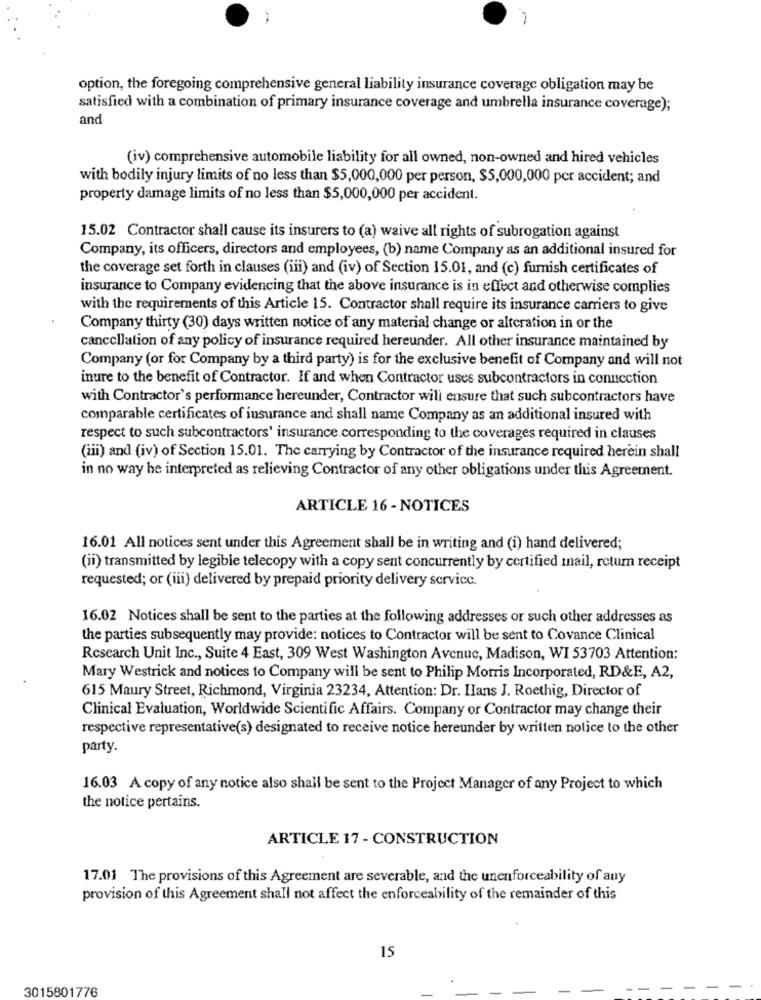
option, the foregoing comprehensive general liability insurance coverage obligation may be
satisfied with a combination of primary insurance coverage and umbrella insurance coverage);
and
(iv) comprehensive automobile liability for all owned, non-owned and hired vehicles
with bodily injury limits of no less than $5,000,000 per person, $5,000,000 per accident; and
property damage limits of no less than $5,000,000 per accident.
15.02 Contractor shall cause its insurers to (a) waive all rights of subrogation against
Company, its officers, directors and employees, (b) name Company as an additional insured for
the coverage set forth in clauses (iii) and (iv) of Section 15.01, and (c) furnish certificates of
insurance to Company evidencing that the above insurance is in effect and otherwise complies
with the requirements of this Article 15. Contractor shall require its insurance carriers to give
Company thirty (30) days written notice of any material change or altcration in or the
cancellation of any policy of insurance required hereunder. All other insurance maintained by
Company (or for Company by a third party) is for the exclusive benefit of Company and will not
inure to the benefit of Contractor. If and when Contractor uses subcontractors in connection
with Contractor's performance hereunder, Contractor will ensure that such subcontractors have
comparable certificates of insurance and shall name Company as an additional insured with
respect to such subcontractors' insurance corresponding to the coverages required in clauses
(iii) and (iv) of Section 15.01. The carrying by Contractor of the insurance required herein shall
in no way he interpreted as relieving Contractor of any other obligations under this Agreement.
ARTICLE 16 - NOTICES
16.01 All notices sent under this Agreement shall be in writing and (i) hand delivered;
(ii) transmitted by legible telecopy with a copy sent concurrently by certified mail, return receipt
requested; or (iii) delivered by prepaid priority delivery service.
16.02 Notices shall be sent to the parties at the following addresses or such other addresses as
the parties subsequently may provide: notices to Contractor will be sent to Covance Clinical
Research Unit Inc ., Suite 4 East, 309 West Washington Avenue, Madison, WI 53703 Attention:
Mary Westrick and notices to Company will be sent to Philip Morris Incorporated, RD&E, A2,
615 Maury Street, Richmond, Virginia 23234, Attention: Dr. Hans J. Roethig, Director of
Clinical Evaluation, Worldwide Scientific Affairs. Company or Contractor may change their
respective representative(s) designated to receive notice hereunder by written notice to the other
party.
16.03 A copy of any notice also shall be sent to the Project Manager of any Project to which
the notice pertains.
ARTICLE 17 - CONSTRUCTION
17.01 The provisions of this Agreement are severable, and the unenforceability of any
provision of this Agreement shall not affect the enforceability of the remainder of this
15
3015801776